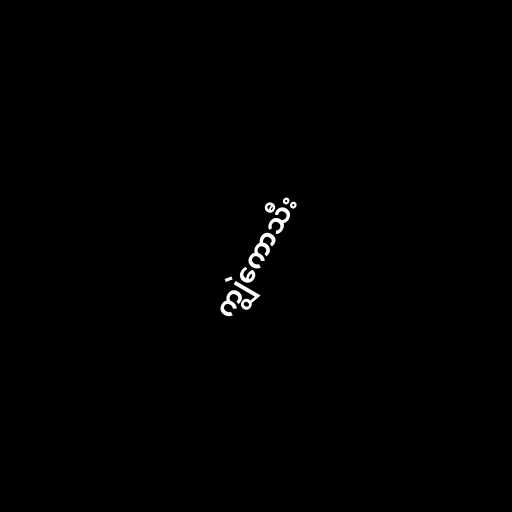
ကျွဲကောသီး